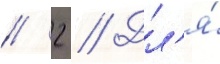
// 2 // Дл'я́